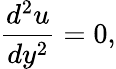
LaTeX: {\frac{d^{2}u}{dy^{2}}}=0,